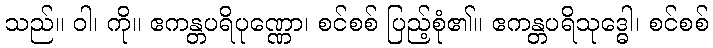
သည်။ ဝါ၊ ကို။ ဧကန္တပရိပုဏ္ဏော၊ စင်စစ် ပြည့်စုံ၏။ ဧကန္တပရိသုဒ္ဓေါ၊ စင်စစ်